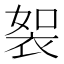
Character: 䘫